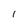
Character: l